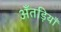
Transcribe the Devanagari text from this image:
अँतड़ियाँ